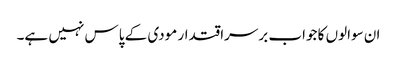
ان سوالوں کا جواب برسراقتدار مودی کے پاس نہیں ہے۔